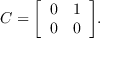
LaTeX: C = { \left[ \begin{array} { l l } { 0 } & { 1 } \\ { 0 } & { 0 } \end{array} \right] } .